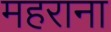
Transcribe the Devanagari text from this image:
महराना